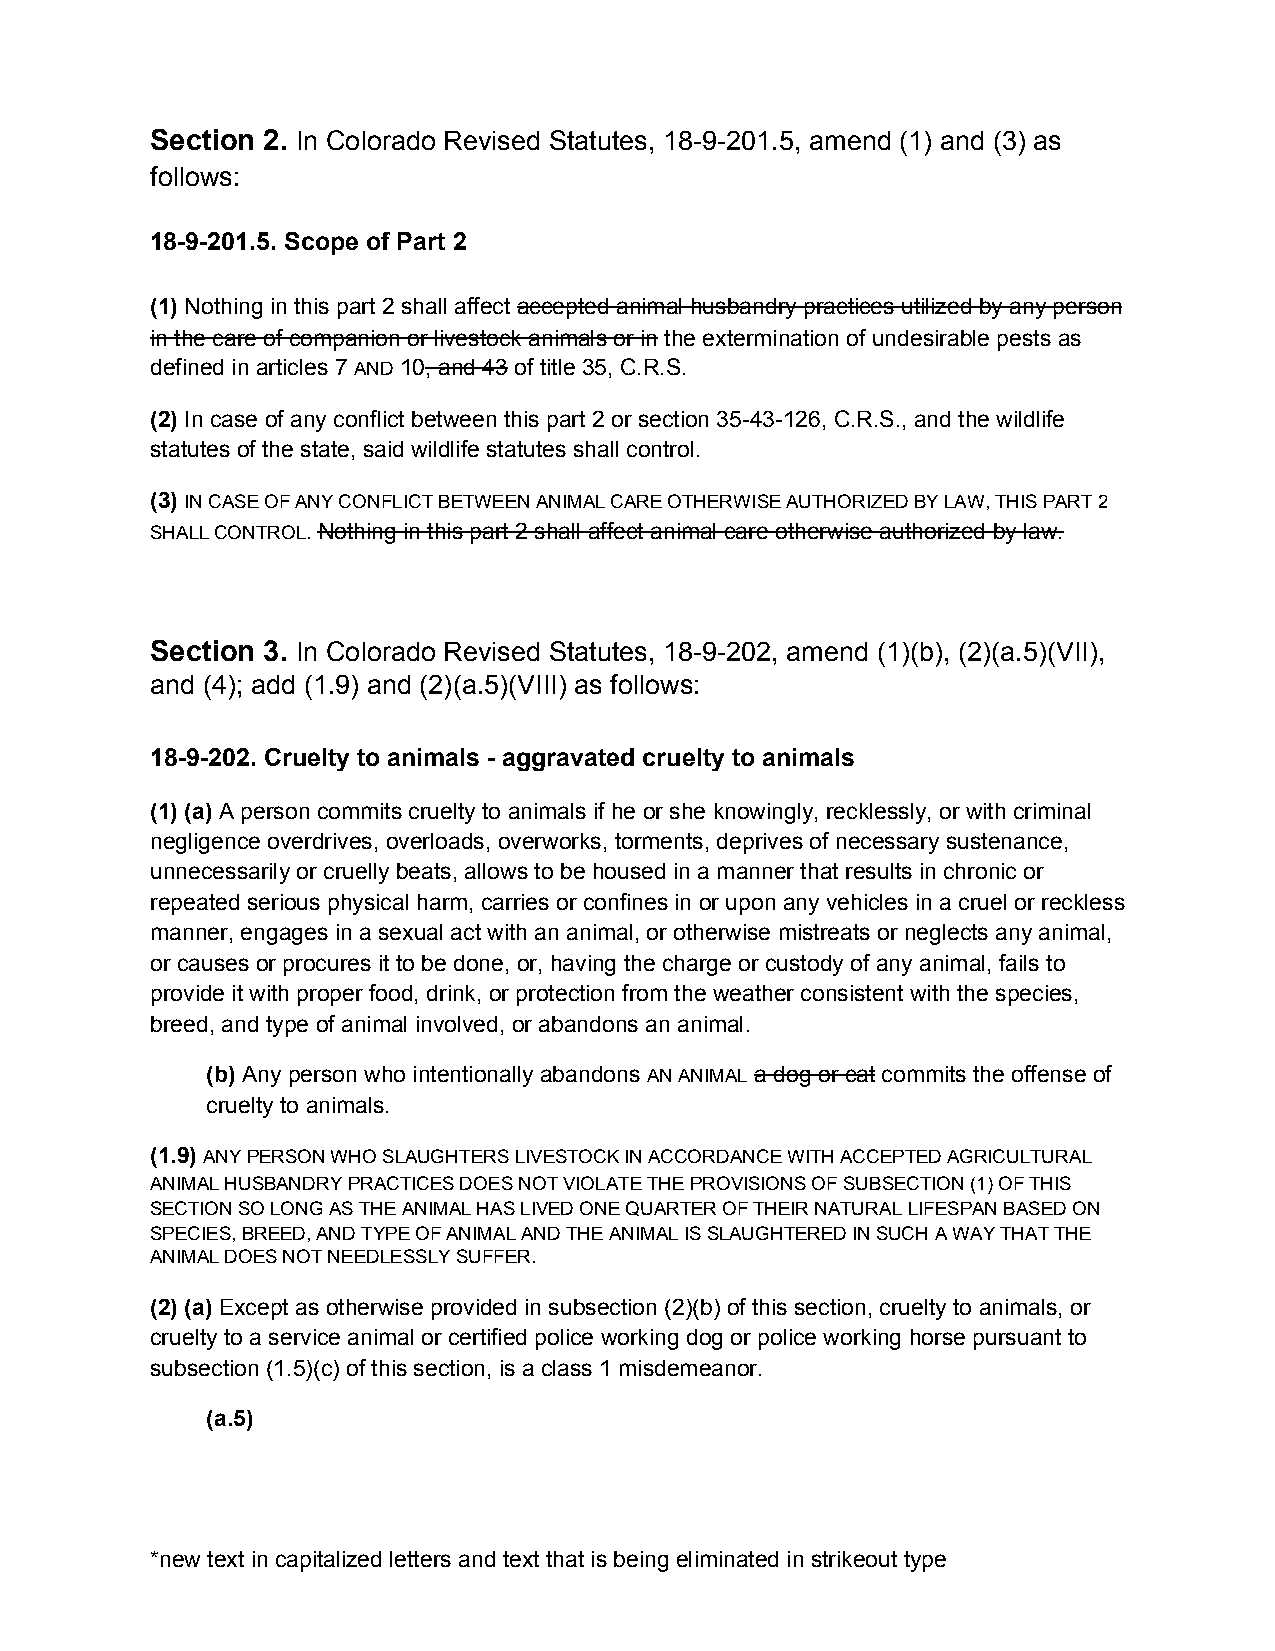
Section 2. In Colorado Revised Statutes, 18-9-201.5, amend (1) and (3) as
 ​
 follows:
 18-9-201.5. Scope of Part 2
 (1) Nothing in this part 2 shall affect accepted animal husbandry practices utilized by any person
 ​                     ​
 in the care of companion or livestock animals or in the extermination of undesirable pests as
 ​
 defined in articles 7 AND 10, and 43 of title 35, C.R.S.
 ​  ​ ​     ​
 (2) In case of any conflict between this part 2 or section 35-43-126, C.R.S., and the wildlife
 ​
 statutes of the state, said wildlife statutes shall control.
 (3) IN CASE OF ANY CONFLICT BETWEEN ANIMAL CARE OTHERWISE AUTHORIZED BY LAW, THIS PART 2
 ​ ​
 SHALL CONTROL. Nothing in this part 2 shall affect animal care otherwise authorized by law.
 ​ ​
 Section 3. In Colorado Revised Statutes, 18-9-202, amend (1)(b), (2)(a.5)(VII),
 ​
 and (4); add (1.9) and (2)(a.5)(VIII) as follows:
 18-9-202. Cruelty to animals - aggravated cruelty to animals
 (1) (a) A person commits cruelty to animals if he or she knowingly, recklessly, or with criminal
 ​
 negligence overdrives, overloads, overworks, torments, deprives of necessary sustenance,
 unnecessarily or cruelly beats, allows to be housed in a manner that results in chronic or
 repeated serious physical harm, carries or confines in or upon any vehicles in a cruel or reckless
 manner, engages in a sexual act with an animal, or otherwise mistreats or neglects any animal,
 or causes or procures it to be done, or, having the charge or custody of any animal, fails to
 provide it with proper food, drink, or protection from the weather consistent with the species,
 breed, and type of animal involved, or abandons an animal.
 (b) Any person who intentionally abandons AN ANIMAL a dog or cat commits the offense of
 ​                          ​      ​ ​     ​
 cruelty to animals.
 (1.9) ANY PERSON WHO SLAUGHTERS LIVESTOCK IN ACCORDANCE WITH ACCEPTED AGRICULTURAL
 ​ ​
 ANIMAL HUSBANDRY PRACTICES DOES NOT VIOLATE THE PROVISIONS OF SUBSECTION (1) OF THIS
 SECTION SO LONG AS THE ANIMAL HAS LIVED ONE QUARTER OF THEIR NATURAL LIFESPAN BASED ON
 SPECIES, BREED, AND TYPE OF ANIMAL AND THE ANIMAL IS SLAUGHTERED IN SUCH A WAY THAT THE
 ANIMAL DOES NOT NEEDLESSLY SUFFER.
 (2) (a) Except as otherwise provided in subsection (2)(b) of this section, cruelty to animals, or
 ​
 cruelty to a service animal or certified police working dog or police working horse pursuant to
 subsection (1.5)(c) of this section, is a class 1 misdemeanor.
 (a.5)
 *new text in capitalized letters and text that is being eliminated in strikeout type